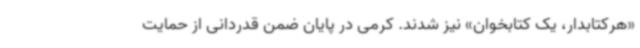
«هرکتابدار، یک کتابخوان» نیز شدند. کرمی در پایان ضمن قدردانی از حمایت